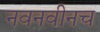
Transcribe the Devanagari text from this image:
नवनवीनच